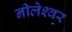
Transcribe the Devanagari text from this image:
नीलेश्‍वर